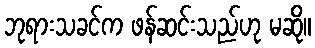
ဘုရားသခင်က ဖန်ဆင်းသည်ဟု မဆို။